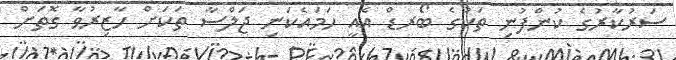
ސަރުކާރުގެ ކުންފުނި ތަކުގެ ބޯރޑް އެއީ ހަމައެކަނި ޖަލްސާ ތަަކަށް ހާޒިރުވާ ގޮތަށް